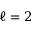
\ell = 2